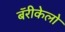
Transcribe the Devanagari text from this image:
बॅरीकेलो